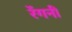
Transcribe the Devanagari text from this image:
रेंगनी